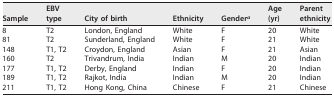
| Sample | EBV type | City of birth | Ethnicity | Gendera | Age (yr) | Parent ethnicity |
 | --- | --- | --- | --- | --- | --- | --- |
 | 8 | T2 | London, England | White | F | 20 | White |
 | 81 | T2 | Sunderland, England | White | F | 21 | White |
 | 148 | T1, T2 | Croydon, England | Asian | F | 21 | Asian |
 | 160 | T2 | Trivandrum, India | Indian | M | 20 | Indian |
 | 177 | T1, T2 | Derby, England | Indian | F | 20 | Indian |
 | 189 | T1, T2 | Rajkot, India | Indian | M | 20 | Indian |
 | 211 | T1, T2 | Hong Kong, China | Chinese | F | 21 | Chinese |